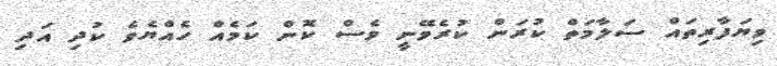
ވިޔަފާރިތައް ސަލާމަތް ކުރަން ކުރެވޭނީ ވެސް ކޮން ކަމެއް ހެއްޔެވެ ކުދި އަދި